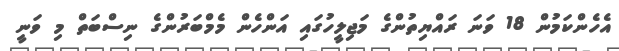
އެހެންކަމުން 18 ވަނަ ރައްޔިތުންގެ މަޖިލީހުގައި އަންހެން މެމްބަރުންގެ ނިސްބަތް މި ވަނީ